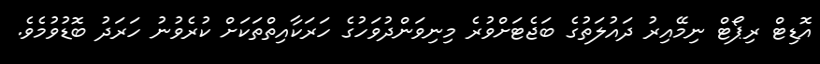
އޮޑިޓް ރިޕޯޓް ނިމޭއިރު ދައުލަތުގެ ބަޖެޓަށްވުރެ މިނިވަންދުވަހުގެ ހަރަކާއިތްތަކަށް ކުރެވުނު ހަރަދު ބޮޑުވުމެވެ.